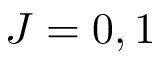
J = 0 , 1